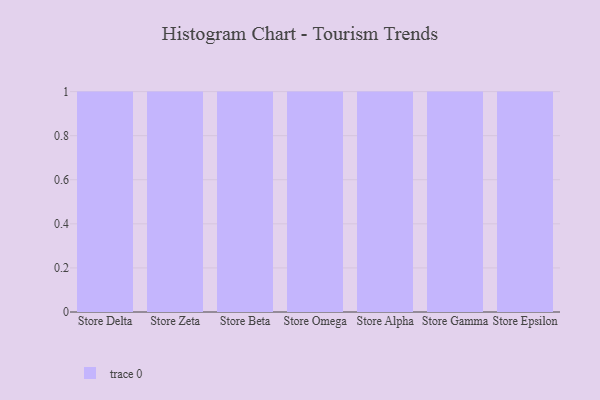
{"axis": {"x": "Store", "y": "Page Views"}, "legend": [""], "data": [{"x": "Store Delta", "y": 65, "type": ""}, {"x": "Store Zeta", "y": 20, "type": ""}, {"x": "Store Beta", "y": 88, "type": ""}, {"x": "Store Omega", "y": 83, "type": ""}, {"x": "Store Alpha", "y": 66, "type": ""}, {"x": "Store Gamma", "y": 23, "type": ""}, {"x": "Store Epsilon", "y": 24, "type": ""}]}